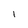
Character: l